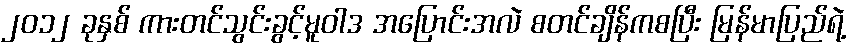
၂ဝ၁၂ ခုနှစ် ကားတင်သွင်းခွင့်မူဝါဒ အပြောင်းအလဲ စတင်ချိန်ကစပြီး မြန်မာပြည်ရဲ့